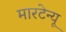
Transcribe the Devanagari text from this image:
मारटेन्यू